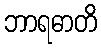
ဘာရဓာတိ